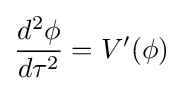
{\frac {d^{2}\phi }{d\tau ^{2}}}=V'(\phi )